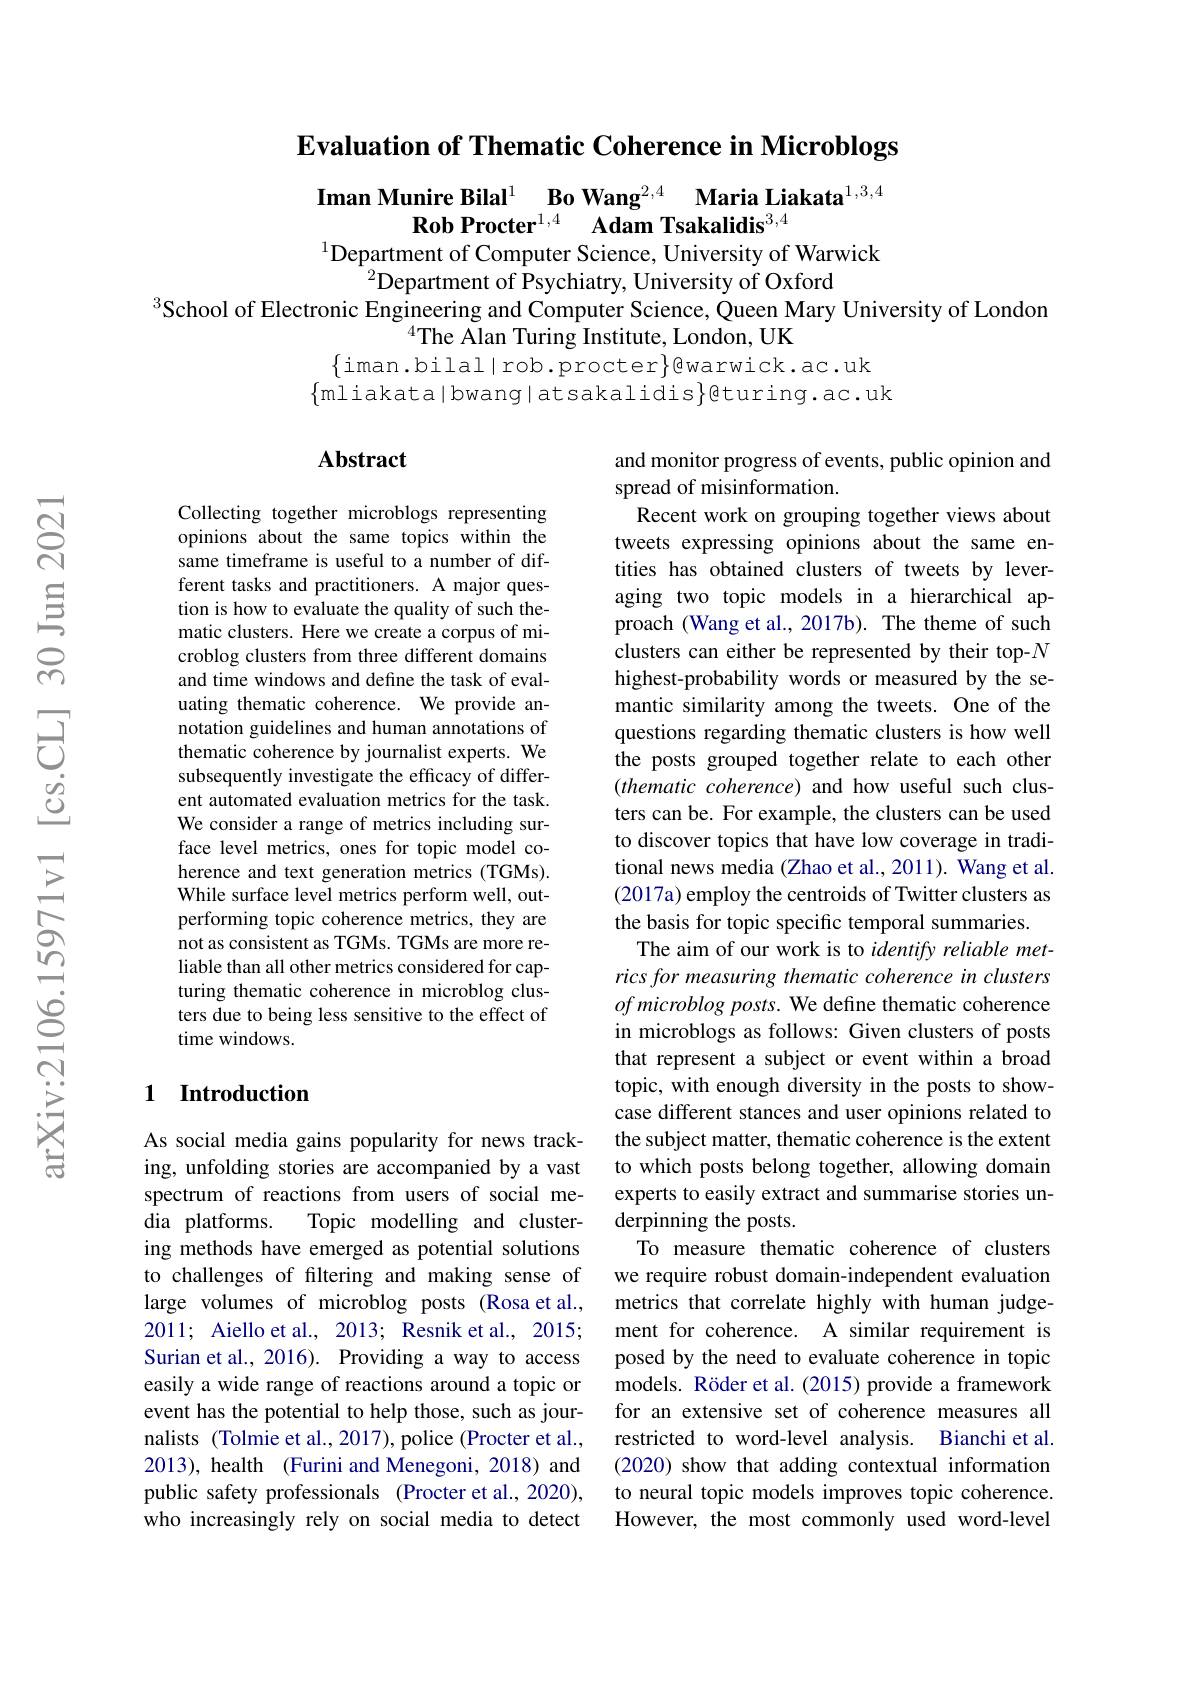
$\textbf{Evaluation of Thematic Coherence in Microblogs}$

Iman Munire Bilal$^1$ $\textbf{Bo Wang}^{2, 4}$ $\textbf{Maria Liakata}^{1, 3, 4}$
Rob Procter$^{1, 4}$ Adam Tsakalidis$^3,4$
$^{1}$Department of Computer Science, University of Warwick

$^{2}$Department of Psychiatry, University of Oxford
School of Electronic Engineering and Computer Science, Queen Mary University of London
$^{4}$The Alan Turing Institute, London, UK
$\{$iman.bilal|rob.procter$\}$@warwick.ac.uk
$\{$mliakata|bwang|atsakalidis}@turing.ac.uk

### Abstract

Collecting together microblogs representing opinions about the same topics within the same timeframe is useful to a number of different tasks and practitioners. A major question is how to evaluate the quality of such thematic clusters. Here we create a corpus of microblog clusters from three different domains and time windows and define the task of evaluating thematic coherence. We provide annotation guidelines and human annotations of thematic coherence by journalist experts. We subsequently investigate the efficacy of different automated evaluation metrics for the task. We consider a range of metrics including surface level metrics, ones for topic model coherence and text generation metrics (TGMs). While surface level metrics perform well, outperforming topic coherence metrics, they are not as consistent as TGMs. TGMs are more reliable than all other metrics considered for capturing thematic coherence in microblog clusters due to being less sensitive to the effect of time windows.

and monitor progress of events, public opinion and
spread of misinformation.
Recent work on grouping together views about tweets expressing opinions about the same entities has obtained clusters of tweets by leveraging two topic models in a hierarchical approach (Wang et al., 2017b). The theme of such clusters can either be represented by their top-$N$ highest-probability words or measured by the semantic similarity among the tweets. One of the questions regarding thematic clusters is how well the posts grouped together relate to each other $( thematic\textit{ coherence) and how useful such clus- }$ ters can be. For example, the clusters can be used to discover topics that have low coverage in traditional news media (Zhao et al., 2011). Wang et al. (2017a) employ the centroids of Twitter clusters as the basis for topic specific temporal summaries.
The aim of our work is to identify reliable metrics for measuring thematic coherence in clusters of microblog posts. We define thematic coherence in microblogs as follows: Given clusters of posts that represent a subject or event within a broad topic, with enough diversity in the posts to showcase different stances and user opinions related to the subject matter, thematic coherence is the extent to which posts belong together, allowing domain experts to easily extract and summarise stories underpinning the posts.
To measure thematic coherence of clusters we require robust domain-independent evaluation metrics that correlate highly with human judgement for coherence. A similar requirement is posed by the need to evaluate coherence in topic models. Röder et al. (2015) provide a framework for an extensive set of coherence measures all restricted to word-level analysis. Bianchi et al. (2020) show that adding contextual information to neural topic models improves topic coherence However, the most commonly used word-level

### 1 Introduction

As social media gains popularity for news tracking, unfolding stories are accompanied by a vast spectrum of reactions from users of social media platforms.
Topic modelling and cluster-
ing methods have emerged as potential solutions to challenges of filtering and making sense of large volumes of microblog posts (Rosa et al., 2011; Aiello et al., 2013; Resnik et al., 2015; Surian et al., 2016). Providing a way to access easily a wide range of reactions around a topic or event has the potential to help those, such as journalists (Tolmie et al., 2017), police (Procter et al., 2013), health (Furini and Menegoni, 2018) and public safety professionals (Procter et al., 2020), who increasingly rely on social media to detect